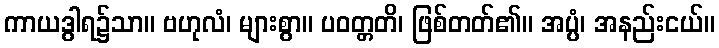
ကာယဒွါရ၌သာ။ ဗဟုလံ၊ များစွာ။ ပဝတ္တတိ၊ ဖြစ်တတ်၏။ အပ္ပံ၊ အနည်းငယ်။